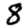
Digit: 8